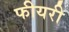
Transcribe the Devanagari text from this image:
फीयरी